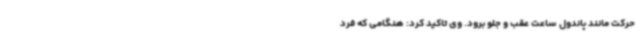
حرکت مانند پاندول ساعت عقب و جلو برود. وی تاکید کرد: هنگامی که فرد